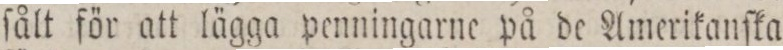
ſålt för att lägga penningarne på de Amerikanſka